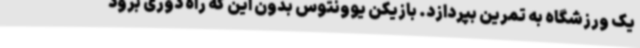
یک ورزشگاه به تمرین بپردازد. بازیکن یوونتوس بدون این که راه دوری برود